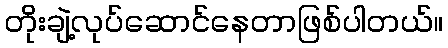
တိုးချဲ့လုပ်ဆောင်နေတာဖြစ်ပါတယ်။